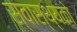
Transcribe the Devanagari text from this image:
स्वास्थ्यको